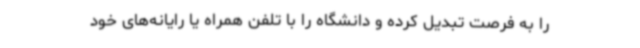
را به فرصت تبدیل کرده و دانشگاه را با تلفن همراه یا رایانه‌های خود